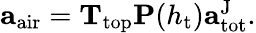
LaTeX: \begin{array}{r}{\mathbf{a}_{\mathrm{air}}=\mathbf{T}_{\mathrm{top}}\mathbf{P}(h_{\mathrm{t}})\mathbf{a}_{\mathrm{tot}}^{\mathrm{J}}.}\end{array}